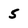
Character: 5